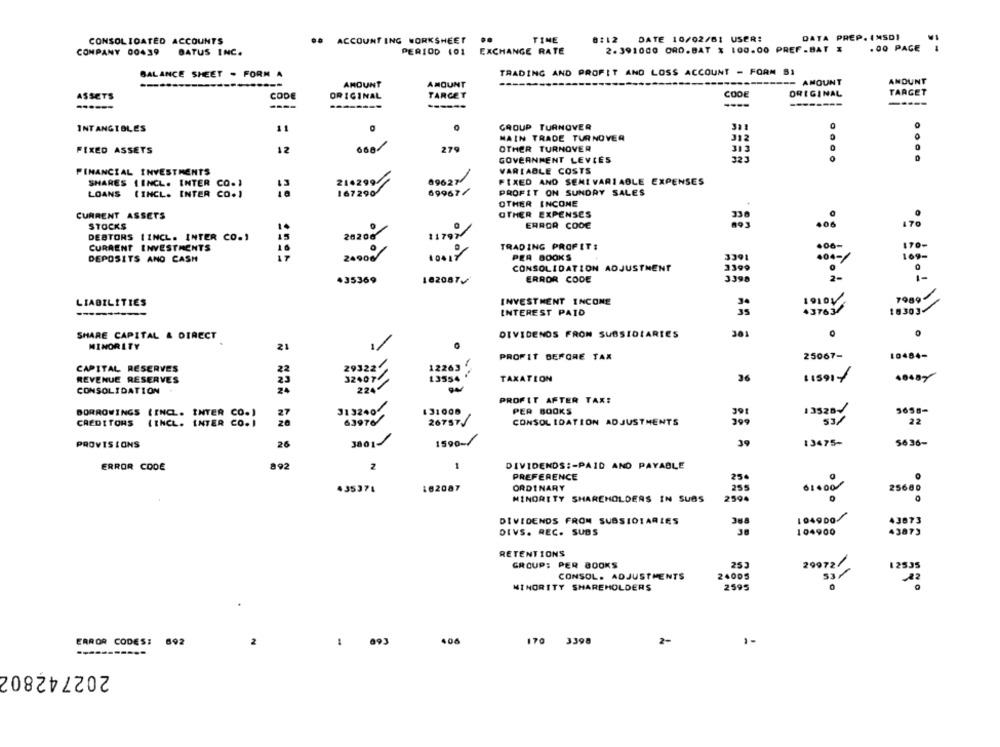
DATA PREP. INSDI
CONSOLIDATED ACCOUNTS
ACCOUNT ING WORKSHEET
..
TINE
0:12 DATE 10/02/61 USER:
COMPANY 00439
BATUS INC.
PERIOD 101
EXCHANGE RATE
2.391000 ORD.BAT % 100.00 PREF.BAT &
.00 PAGE
BALANCE SHEET . FORM A
TRADING AND PROFIT AND LOSS ACCOUNT - FORM SI
AMOUNT
AMOUNT
AMOUNT
ANDUNT
ASSETS
CODE
ORIGINAL
TARGET
COOE
ORIGINAL
TARGET
---
------
INT ANGIBLES
11
GROUP TURNOVER
311
MAIN TRADE TURNOVER
312
FIXED ASSETS
12
668
279
OTHER TURNOVER
313
0
0
GOVERNMENT LEVIES
323
FINANCIAL INVESTMENTS
VARIABLE COSTS
SHARES 1INCL. INTER CO.1
214299
89627
FIXED AND SEMI VARIABLE EXPENSES
LOANS
(INCL. INTER CO.)
69967/
PROFIT ON SUNDAY SALES
OTHER INCONE
CURRENT ASSETS
OTHER EXPENSES
STOCKS
ERROR CODE
10
.06
170
DEBTORS ( INCL. INTER CO.)
is
CURRENT INVESTMENTS
2020?
TRADING PROFIT!
....
10
DEPOSITS AND CASH
1001
PER BOOKS
3301
.04-/
169-
CONSOLIDATION ADJUSTMENT
3399
35369
162087
ERROR CODE
3398
2-
1989
LIABILITIES
INVESTMENT INCONE
1910/
------
INTEREST PAID
43763
18303
SHARE CAPITAL & DIRECT
DIVIDENDS FRON SUBSIDIARIES
381
MINORITY
21
PROFIT BEFORE TAX
25067-
10484-
CAPITAL RESERVES
12263
REVENUE RESERVES
32407
13554
TAXATION
36
115911
22 .-
CONSOLIDATION
24
PROFIT AFTER TAX:
131000
PER BOOKS
5658-
BORROWINGS (INCL. INTER C
313240
39
13528
CREDITORS
LINCL. INTER C
CO.]
26757/
CONSOLIDATION ADJUSTMENTS
399
22
PROVISIONS
26
30011
1590-/
39
13475-
5636-
ERROR CODE
892
1
DIVIDENDS :- PAID AND PAYABLE
PREFERENCE
25
435371
162087
ORDINARY
255
.1.00
25600
MINORITY SHAREHOLDERS IN SUBS
2500
.
DIVIDENDS FROM SUBSIDIARIES
104900
43873
DIVS. REC. SUBS
104900
43873
RETENTIONS
GROUP: PER BOOKS
253
12535
CONSOL. ADJUSTMENTS
24005
20072/
MINORITY SHAREHOLDERS
2595
ERROR CODES:
892
2
-
406
170 3398
2-
1-
202742802